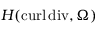
H ( \mathrm { c u r l } \, \mathrm { d i v } , \Omega )